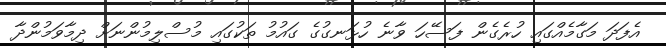
އެފަދަ މަގާމެއްގައި ހުރެގެން ފަސޭހަ ވާނެ ހުޅަނގުގެ ގައުމު ތަކުގައި މުސްލިމުންނަށް ދިމާވަމުންދާ